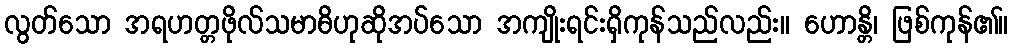
လွတ်သော အရဟတ္တဖိုလ်သမာဓိဟုဆိုအပ်သော အကျိုးရင်းရှိကုန်သည်လည်း။ ဟောန္တိ၊ ဖြစ်ကုန်၏။